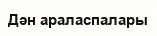
Дән араласпалары